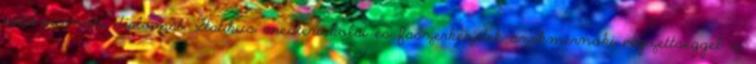
építômérnöki diplomát. Statikus mesteriskolai és faszerkezetek szakmérnöki végzettséggel is